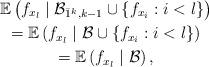
LaTeX: \begin{gather*}\mathbb{E}\left(f_{x_l}\mid\mathcal{B}_{\bar{1}^k,k-1}\cup\{f_{x_i} : i < l\} \right)\\=\mathbb{E} \left(f_{x_l}\mid\mathcal{B}\cup\{f_{x_i} : i < l\} \right)\\= \mathbb{E} \left(f_{x_l}\mid\mathcal{B} \right),\end{gather*}